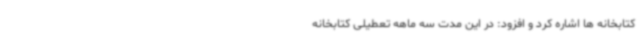
کتابخانه ها اشاره کرد و افزود: در این مدت سه ماهه تعطیلی کتابخانه